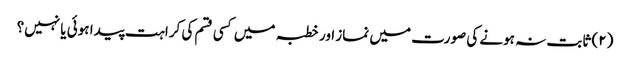
(۲) ثابت نہ ہونے کی صورت میں نماز اور خطبہ میں کسی قسم کی کراہت پیدا ہوئی یا نہیں؟